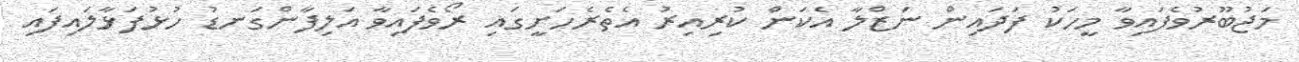
މަޖުބޫރުވެފައިވާ މީހަކު ފަދައިން ނަޒްލާ އެކަން ކުރިއިރު އެތެރެހަށީގައި ރޯވެފައިވާ އަލިފާންގަނޑު ހުޅުފަޅާލައިފައި